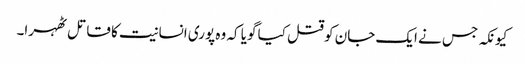
کیونکہ جس نے ایک جان کو قتل کیا گویا کہ وہ پوری انسانیت کا قاتل ٹھہرا۔